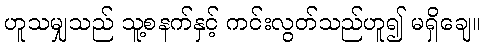
ဟူသမျှသည် သူ့စနက်နှင့် ကင်းလွတ်သည်ဟူ၍ မရှိချေ။